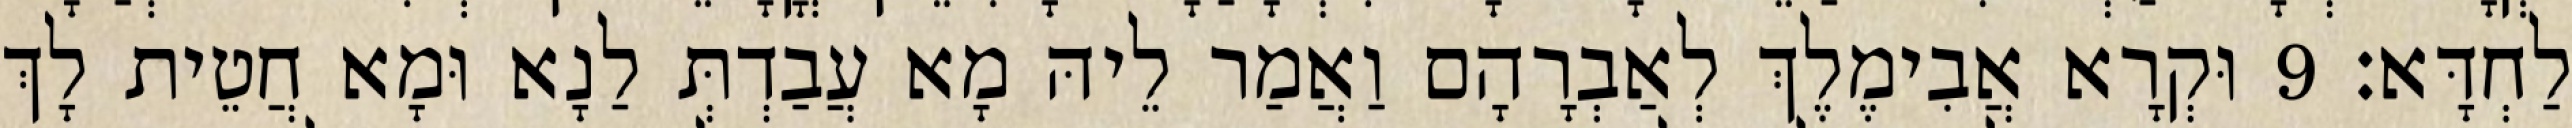
לַחְדָּא׃ 9 וּקְרָא אֲבִימֶלֶךְ לְאַבְרָהָם וַאֲמַר לֵיהּ מָא עֲבַדְתְּ לַנָא וּמָא חֲטֵית לָךְ